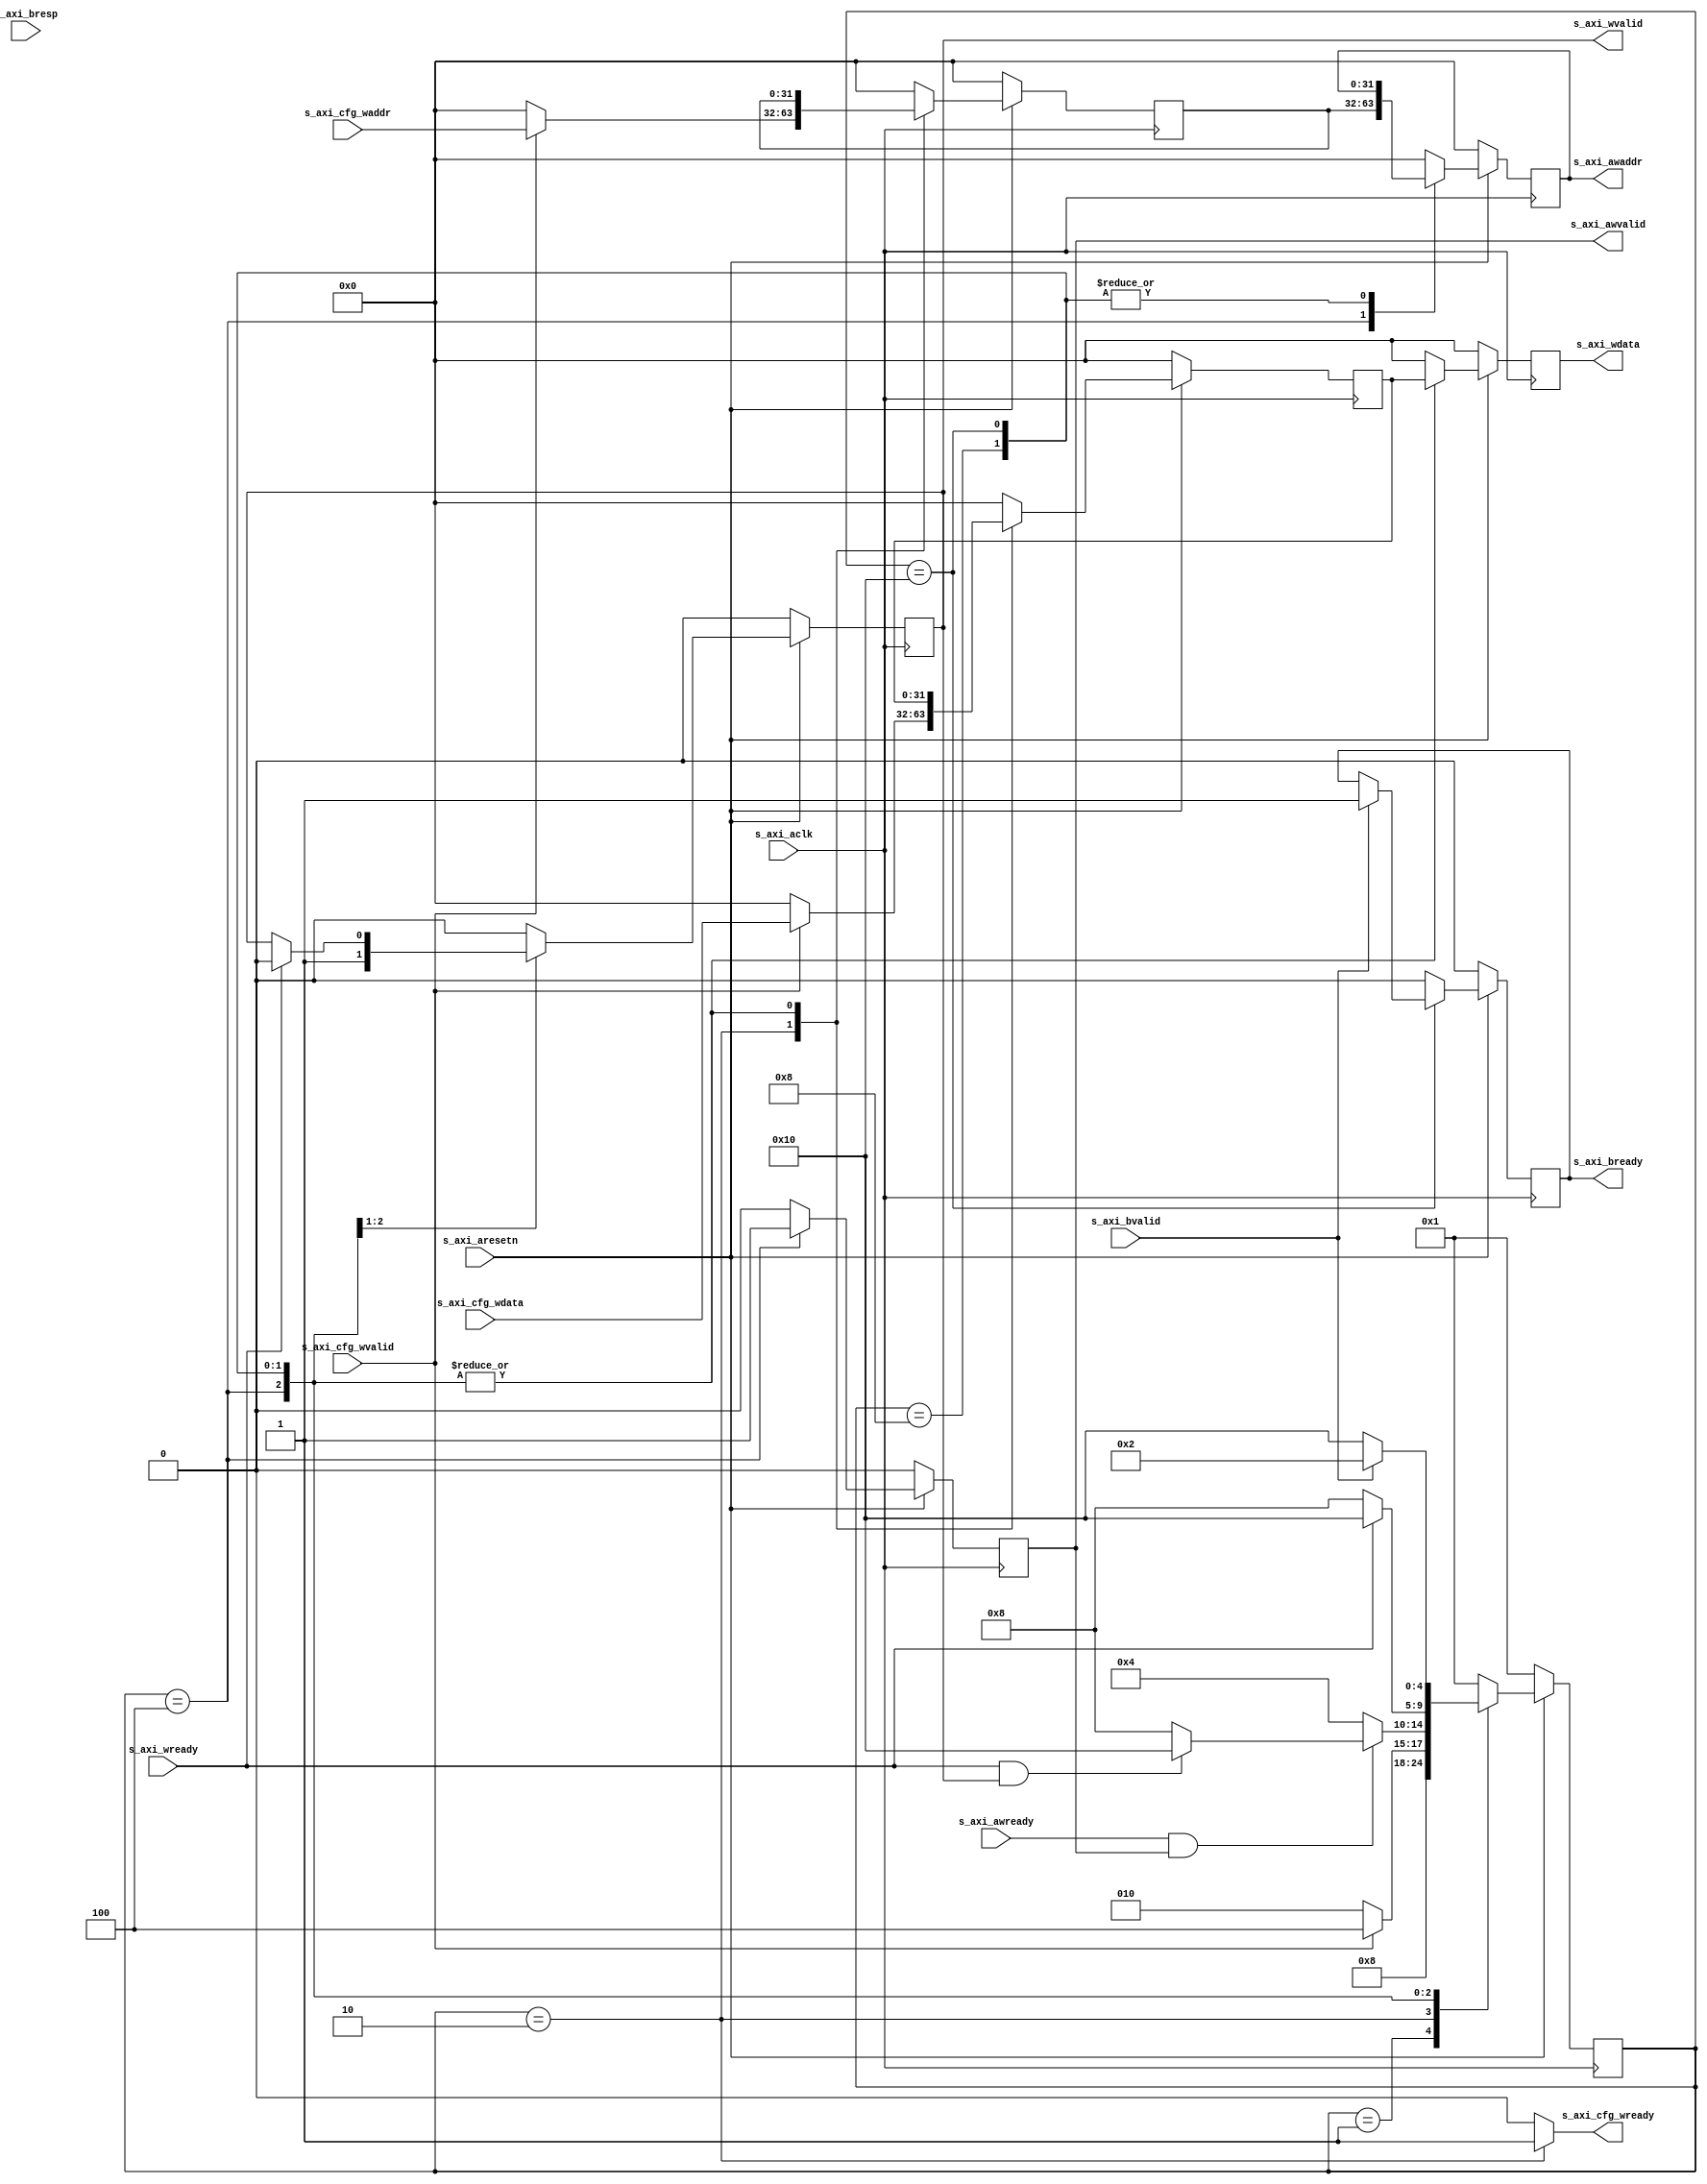
module axil_write(
    input             s_axi_aclk      ,
    input             s_axi_aresetn   ,
    input             s_axi_awready   ,
    input             s_axi_wready    ,
    input             s_axi_bvalid    ,
    input       [1:0] s_axi_bresp     ,
    output reg [31:0] s_axi_awaddr    ,
    output reg        s_axi_awvalid   ,
    output reg [31:0] s_axi_wdata     ,
    output reg        s_axi_wvalid    ,
    output reg        s_axi_bready    ,
    
    input             s_axi_cfg_wvalid,
    input      [31:0] s_axi_cfg_waddr ,
    input      [31:0] s_axi_cfg_wdata ,
    output            s_axi_cfg_wready
);

    reg      [31:0] r_cfg_waddr;
    reg      [31:0] r_cfg_wdata;

    localparam AXILW_FSM_BIT = 5;
    localparam AXIL_RESET = 5'b0_0001;
    localparam AXIL_READY = 5'b0_0010;
    localparam AXIL_WADDR = 5'b0_0100;
    localparam AXIL_WDATA = 5'b0_1000;
    localparam AXIL_WRESP = 5'b1_0000;

    reg     [AXILW_FSM_BIT-1:0]       rAXILW_cur_state          ;
    reg     [AXILW_FSM_BIT-1:0]       rAXILW_nxt_state          ;

    always @ (posedge s_axi_aclk) begin
        if(!s_axi_aresetn)  
            rAXILW_cur_state <= AXIL_RESET;
        else                
            rAXILW_cur_state <= rAXILW_nxt_state;
    end

    always @ ( * ) begin
        case(rAXILW_cur_state)
            AXIL_RESET:
                rAXILW_nxt_state <= AXIL_READY;
            AXIL_READY:
                rAXILW_nxt_state <= (s_axi_cfg_wvalid == 1) ? AXIL_WADDR : AXIL_READY;
            AXIL_WADDR:
                rAXILW_nxt_state <= (s_axi_awready==1 && s_axi_awvalid==1) ? 
                                    (s_axi_wready==1 && s_axi_wvalid==1) ? AXIL_WRESP : AXIL_WDATA : AXIL_WADDR;
            AXIL_WDATA:
                rAXILW_nxt_state <= (s_axi_wready==1) ? AXIL_WRESP : AXIL_WDATA;
            AXIL_WRESP:
                rAXILW_nxt_state <= (s_axi_bvalid==1) ? AXIL_READY : AXIL_WRESP;
            default:
                rAXILW_nxt_state <= AXIL_RESET;    
        endcase
    end
 
    always @ (posedge s_axi_aclk) begin
        if(!s_axi_aresetn) begin
                s_axi_awaddr  <= 0;
                s_axi_awvalid <= 0;
                s_axi_wdata   <= 0;
                s_axi_wvalid  <= 0;
                s_axi_bready  <= 0;

                r_cfg_waddr   <= 0;
                r_cfg_wdata   <= 0;
        end else begin
            case(rAXILW_cur_state)
                AXIL_RESET : begin 
                    s_axi_awaddr  <= 0;
                    s_axi_awvalid <= 0;
                    s_axi_wdata   <= 0;
                    s_axi_wvalid  <= 0;
                    s_axi_bready  <= 0;

                    r_cfg_waddr   <= 0;
                    r_cfg_wdata   <= 0;
                end   
                AXIL_READY : begin 
                    s_axi_awaddr  <= 0;
                    s_axi_awvalid <= 0;
                    s_axi_wdata   <= 0;
                    s_axi_wvalid  <= 0;
                    s_axi_bready  <= 0;

                    r_cfg_waddr   <= s_axi_cfg_wvalid ? s_axi_cfg_waddr : 32'd0;
                    r_cfg_wdata   <= s_axi_cfg_wvalid ? s_axi_cfg_wdata : 32'd0;
                end    
                AXIL_WADDR : begin
                    s_axi_awaddr  <= r_cfg_waddr;
                    s_axi_awvalid <= 1;
                    s_axi_wdata   <= r_cfg_wdata;     
                    s_axi_wvalid  <= 1;
                    s_axi_bready  <= 0;     

                    r_cfg_waddr   <= r_cfg_waddr;
                    r_cfg_wdata   <= r_cfg_wdata;
                end       
                AXIL_WDATA : begin
                    s_axi_awaddr  <= s_axi_awaddr;
                    s_axi_awvalid <= 0;
                    s_axi_wdata   <= r_cfg_wdata;
                    s_axi_wvalid  <= (s_axi_wready==1'b1) ? 0 : s_axi_wvalid;
                    s_axi_bready  <= 0;     
                    
                    r_cfg_waddr   <= r_cfg_waddr;
                    r_cfg_wdata   <= r_cfg_wdata;
                end     
                AXIL_WRESP : begin
                    s_axi_awaddr  <= s_axi_awaddr;
                    s_axi_awvalid <= 0;
                    s_axi_wdata   <= r_cfg_wdata;
                    s_axi_wvalid  <= 0;
                    s_axi_bready  <= (s_axi_bvalid==1'b1) ? 1 : s_axi_bready;     
                    
                    r_cfg_waddr   <= r_cfg_waddr;
                    r_cfg_wdata   <= r_cfg_wdata;
                end              
                default : begin
                    s_axi_awaddr  <= 0;
                    s_axi_awvalid <= 0;
                    s_axi_wdata   <= 0;
                    s_axi_wvalid  <= 0;
                    s_axi_bready  <= 0;
                    
                    r_cfg_waddr   <= 0;
                    r_cfg_wdata   <= 0;
                end                                                  
            endcase
        end
    end
 
    assign s_axi_cfg_wready = (rAXILW_cur_state == AXIL_READY) ? 1'b1 : 1'b0;
    
endmodule